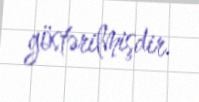
göstərilmişdir.